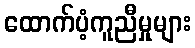
ထောက်ပံ့ကူညီမှုများ